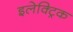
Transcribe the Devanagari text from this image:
इलेक्‍ट्रिक